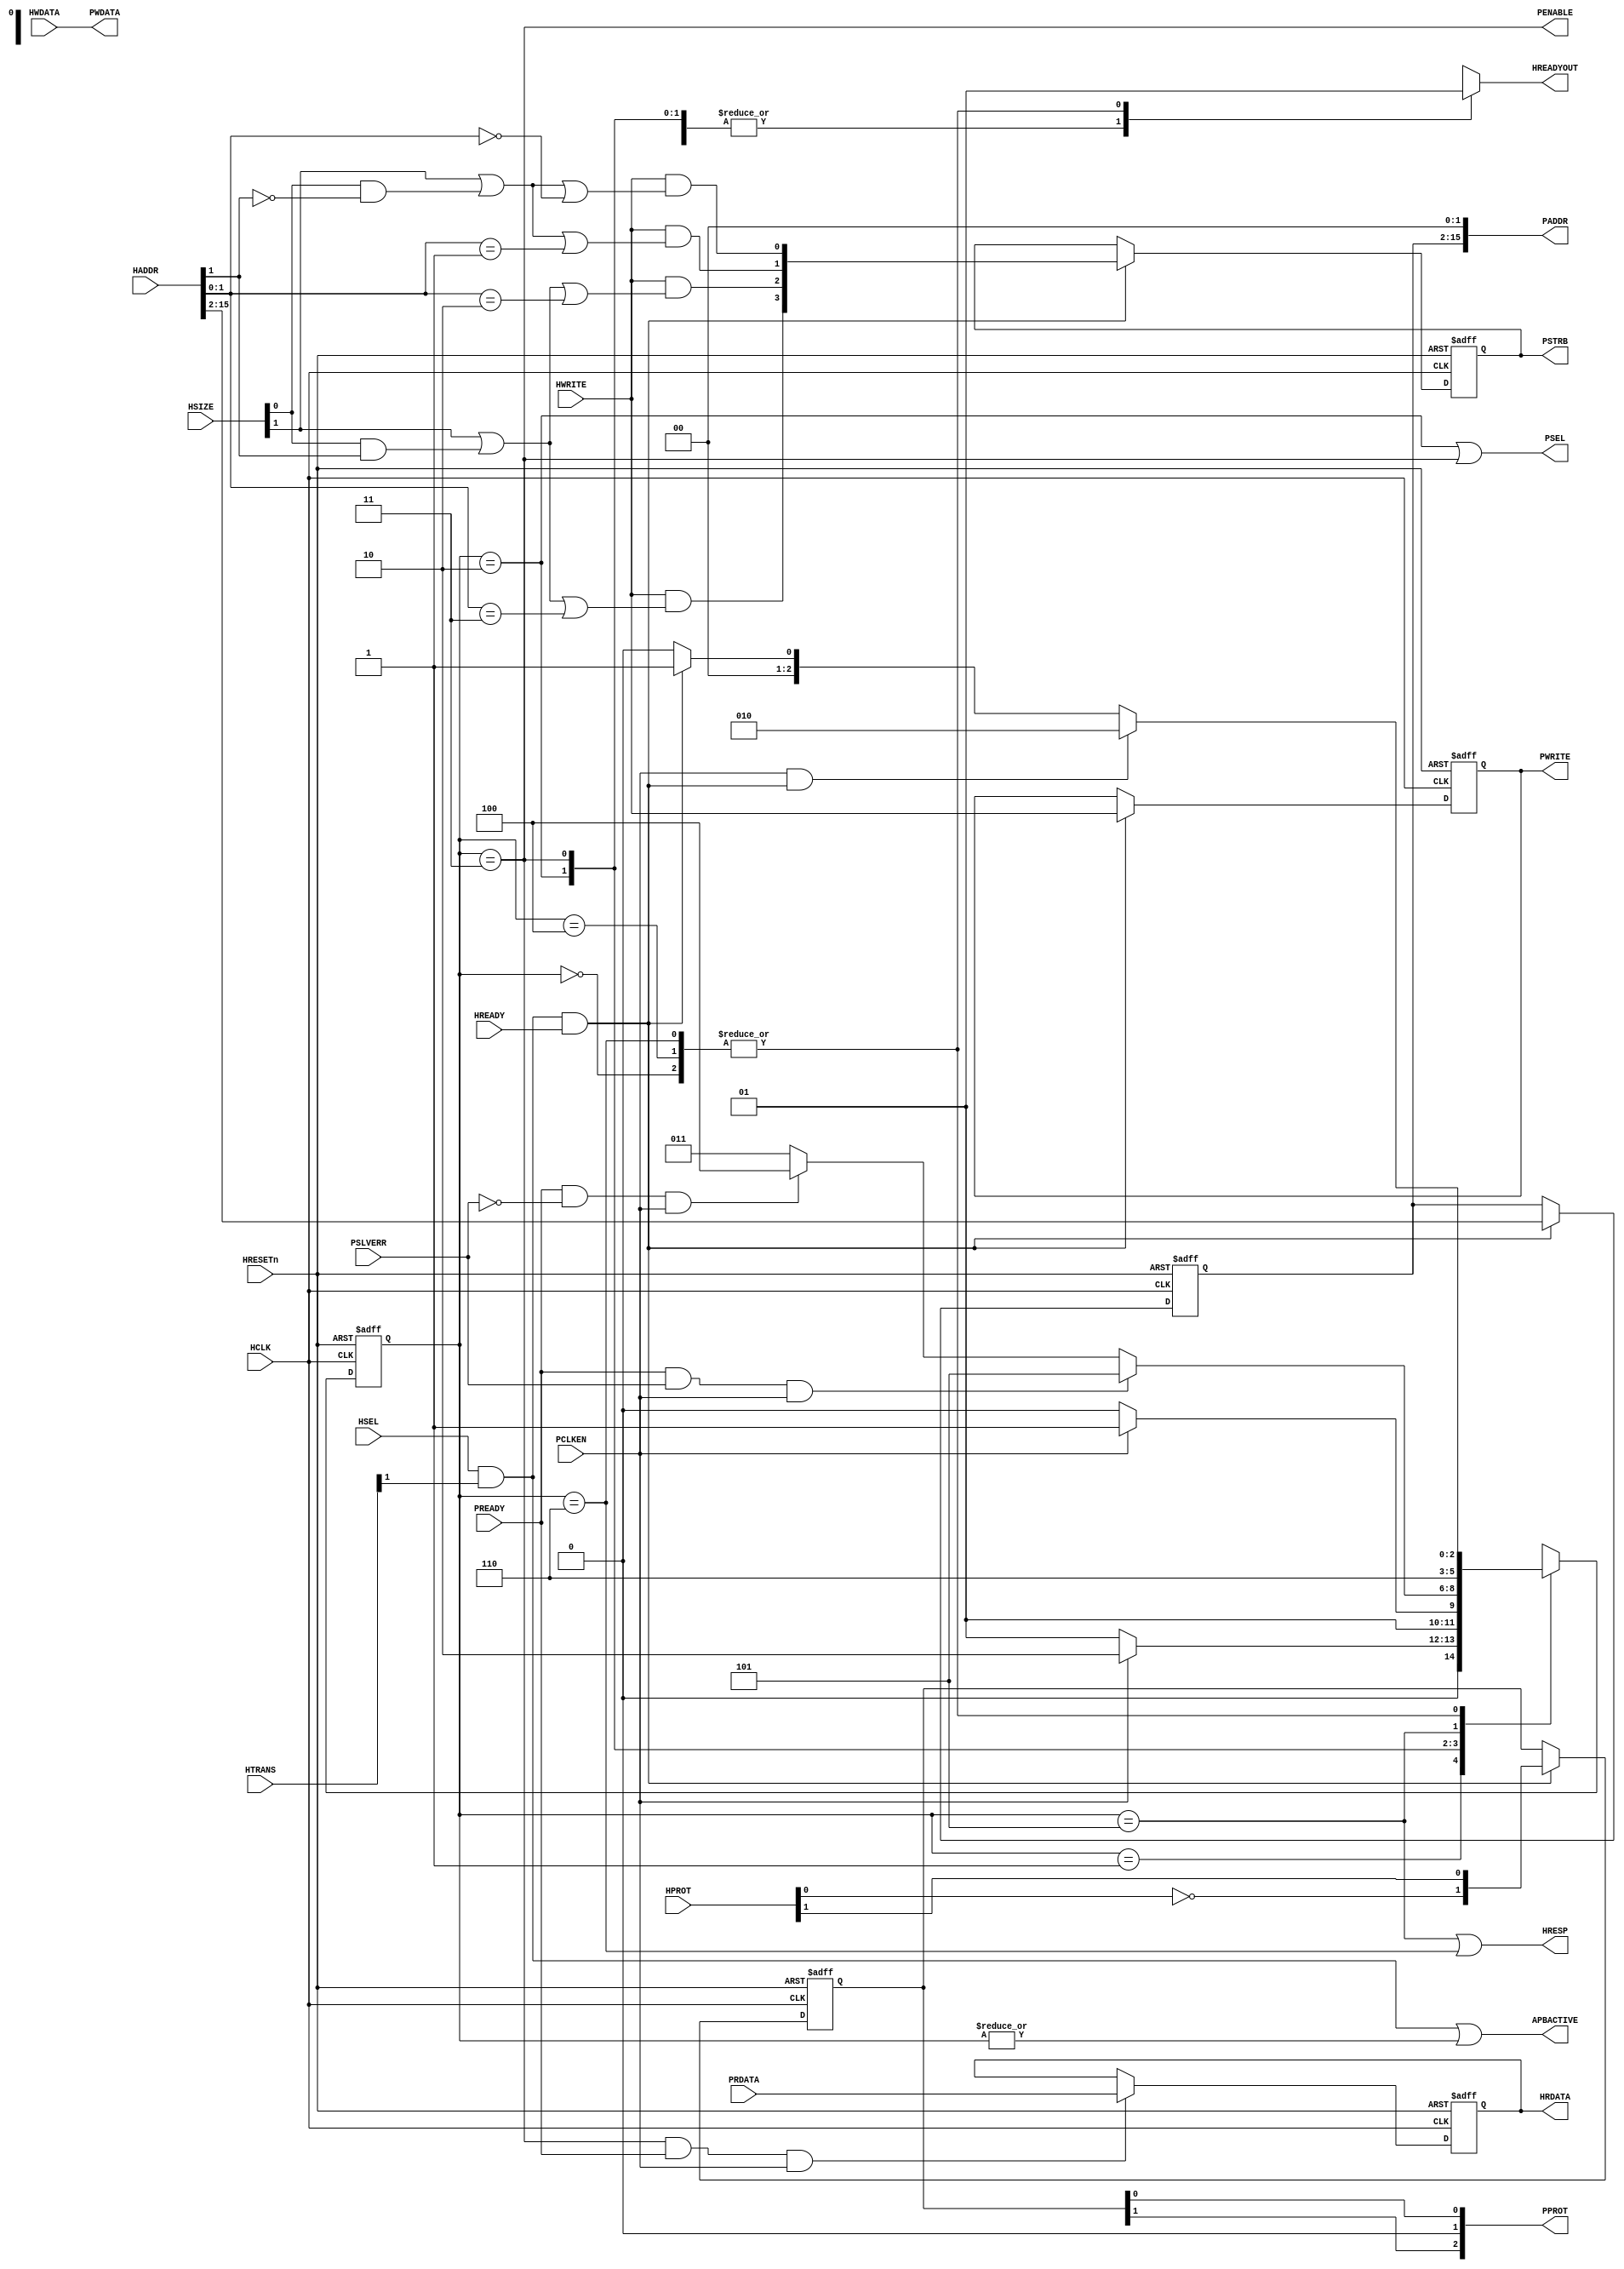
//------------------------------------------------------------------------------
// Abstract : Simple AHB to APB bridge
//------------------------------------------------------------------------------
// The bridge requires PCLK synchronised to HCLK
// APB running at a clock divided from HCLK. E.g.
// - If PCLK is same as HCLK, set PCLKEN to 1
// - If PCLK is half the HCLK speed, toggle PCLKEN every HCLK cycle
module ahb_to_apb #(
    // Parameter to define address width
    // 16 = 2^16 = 64KB APB address space
    parameter     ADDRWIDTH = 16,
    parameter     REGISTER_RDATA = 1,
    parameter     REGISTER_WDATA = 0    )(
    input  wire                 HCLK,      // Clock
    input  wire                 HRESETn,   // Reset
    input  wire                 PCLKEN,    // APB clock enable signal

    input  wire                 HSEL,      // Device select
    input  wire [ADDRWIDTH-1:0] HADDR,     // Address
    input  wire           [1:0] HTRANS,    // Transfer control
    input  wire           [2:0] HSIZE,     // Transfer size
    input  wire           [3:0] HPROT,     // Protection control
    input  wire                 HWRITE,    // Write control
    input  wire                 HREADY,    // Transfer phase done
    input  wire          [31:0] HWDATA,    // Write data

    output reg                  HREADYOUT, // Device ready
    output wire          [31:0] HRDATA,    // Read data output
    output wire                 HRESP,     // Device response

    output wire                 PSEL,      // APB Select
    output wire                 PWRITE,    // APB Write
    output wire                 PENABLE,   // APB Enable
    output wire           [3:0] PSTRB,     // APB Byte Strobe
    output wire           [2:0] PPROT,     // APB Prot
    output wire [ADDRWIDTH-1:0] PADDR,     // APB Address
    output wire          [31:0] PWDATA,    // APB write data

    input  wire          [31:0] PRDATA,    // Read data for each APB slave
    input  wire                 PREADY,    // Ready for each APB slave
    input  wire                 PSLVERR,   // Error state for each APB slave
    output wire                 APBACTIVE  // APB bus is active, for clock gating of APB bus
);

// --------------------------------------------------------------------------
// Internal wires
// --------------------------------------------------------------------------
reg  [ADDRWIDTH-3:0]   addr_reg;    // Address sample register
reg                    wr_reg;      // Write control sample register
reg            [2:0]   state_reg;   // State for finite state machine

reg            [3:0]   pstrb_reg;   // Byte lane strobe register
wire           [3:0]   pstrb_nxt;   // Byte lane strobe next state
reg            [1:0]   pprot_reg;   // PPROT register
wire           [1:0]   pprot_nxt;   // PPROT register next state

wire                   apb_select;   // APB bridge is selected
wire                   apb_tran_end; // Transfer is completed on APB
reg            [2:0]   next_state;   // Next state for finite state machine
reg           [31:0]   rwdata_reg;   // Read/Write data sample register

wire                   reg_rdata_cfg; // REGISTER_RDATA paramater
wire                   reg_wdata_cfg; // REGISTER_WDATA paramater

reg                    sample_wdata_reg; // Control signal to sample HWDATA

 // -------------------------------------------------------------------------
 // State machine
 // -------------------------------------------------------------------------

 localparam ST_BITS = 3;

 localparam [ST_BITS-1:0] ST_IDLE      = 3'b000; // Idle waiting for transaction
 localparam [ST_BITS-1:0] ST_APB_WAIT  = 3'b001; // Wait APB transfer
 localparam [ST_BITS-1:0] ST_APB_TRNF  = 3'b010; // Start APB transfer
 localparam [ST_BITS-1:0] ST_APB_TRNF2 = 3'b011; // Second APB transfer cycle
 localparam [ST_BITS-1:0] ST_APB_ENDOK = 3'b100; // Ending cycle for OKAY
 localparam [ST_BITS-1:0] ST_APB_ERR1  = 3'b101; // First cycle for Error response
 localparam [ST_BITS-1:0] ST_APB_ERR2  = 3'b110; // Second cycle for Error response
 localparam [ST_BITS-1:0] ST_ILLEGAL   = 3'b111; // Illegal state

// --------------------------------------------------------------------------
// Start of main code
// --------------------------------------------------------------------------
// Configuration signal
assign reg_rdata_cfg = (REGISTER_RDATA==0) ? 1'b0 : 1'b1;
assign reg_wdata_cfg = (REGISTER_WDATA==0) ? 1'b0 : 1'b1;

// Generate APB bridge select
assign apb_select = HSEL & HTRANS[1] & HREADY;
// Generate APB transfer ended
assign apb_tran_end = (state_reg==3'b011) & PREADY;

assign pprot_nxt[0] =  HPROT[1];  // (0) Normal, (1) Privileged
assign pprot_nxt[1] = ~HPROT[0];  // (0) Data, (1) Instruction

// Byte strobe generation
// - Only enable for write operations
// - For word write transfers (HSIZE[1]=1), all byte strobes are 1
// - For hword write transfers (HSIZE[0]=1), check HADDR[1]
// - For byte write transfers, check HADDR[1:0]
assign pstrb_nxt[0] = HWRITE & ((HSIZE[1])|((HSIZE[0])&(~HADDR[1]))|(HADDR[1:0]==2'b00));
assign pstrb_nxt[1] = HWRITE & ((HSIZE[1])|((HSIZE[0])&(~HADDR[1]))|(HADDR[1:0]==2'b01));
assign pstrb_nxt[2] = HWRITE & ((HSIZE[1])|((HSIZE[0])&( HADDR[1]))|(HADDR[1:0]==2'b10));
assign pstrb_nxt[3] = HWRITE & ((HSIZE[1])|((HSIZE[0])&( HADDR[1]))|(HADDR[1:0]==2'b11));

// Sample control signals
always @(posedge HCLK or negedge HRESETn)
begin
if (~HRESETn)
  begin
  addr_reg  <= {(ADDRWIDTH-2){1'b0}};
  wr_reg    <= 1'b0;
  pprot_reg <= {2{1'b0}};
  pstrb_reg <= {4{1'b0}};
  end
else if (apb_select) // Capture transfer information at the end of AHB address phase
  begin
  addr_reg  <= HADDR[ADDRWIDTH-1:2];
  wr_reg    <= HWRITE;
  pprot_reg <= pprot_nxt;
  pstrb_reg <= pstrb_nxt;
  end
end

// Sample write data control signal
// Assert after write address phase, deassert after PCLKEN=1
wire sample_wdata_set = apb_select & HWRITE & reg_wdata_cfg;
wire sample_wdata_clr = sample_wdata_reg & PCLKEN;

always @(posedge HCLK or negedge HRESETn)
begin
if (~HRESETn)
  sample_wdata_reg <= 1'b0;
else if (sample_wdata_set | sample_wdata_clr)
  sample_wdata_reg <= sample_wdata_set;
end

// Generate next state for FSM
// Note : case 3'b111 is not used.  The design has been checked that
//        this illegal state cannot be entered using formal verification.
always @(state_reg or PREADY or PSLVERR or apb_select or reg_rdata_cfg or
         PCLKEN or reg_wdata_cfg or HWRITE)
  begin
  case (state_reg)
   // Idle
   ST_IDLE :
   begin
      if (PCLKEN & apb_select & ~(reg_wdata_cfg & HWRITE))
         next_state = ST_APB_TRNF; // Start APB transfer in next cycle
      else if (apb_select)
         next_state = ST_APB_WAIT; // Wait for start of APB transfer at PCLKEN high
      else
         next_state = ST_IDLE; // Remain idle
   end
   // Transfer announced on AHB, but PCLKEN was low, so waiting
   ST_APB_WAIT :
   begin
      if (PCLKEN)
         next_state = ST_APB_TRNF; // Start APB transfer in next cycle
      else
         next_state = ST_APB_WAIT; // Wait for start of APB transfer at PCLKEN high
   end
   // First APB transfer cycle
   ST_APB_TRNF :
   begin
      if (PCLKEN)
         next_state = ST_APB_TRNF2;   // Change to second cycle of APB transfer
      else
         next_state = ST_APB_TRNF;   // Change to state-2
   end
   // Second APB transfer cycle
   ST_APB_TRNF2 :
   begin
      if (PREADY & PSLVERR & PCLKEN) // Error received - Generate two cycle
         // Error response on AHB by
         next_state = ST_APB_ERR1; // Changing to state-5 and 6
      else if (PREADY & (~PSLVERR) & PCLKEN) // Okay received
      begin
         if (reg_rdata_cfg)
            // Registered version
            next_state = ST_APB_ENDOK; // Generate okay response in state 4
         else
            // Non-registered version
            next_state = {2'b00, apb_select}; // Terminate transfer
      end
      else // Slave not ready
         next_state = ST_APB_TRNF2; // Unchange
   end
   // Ending cycle for OKAY (registered response)
   ST_APB_ENDOK :
   begin
       if (PCLKEN & apb_select & ~(reg_wdata_cfg & HWRITE))
          next_state = ST_APB_TRNF; // Start APB transfer in next cycle
       else if (apb_select)
          next_state = ST_APB_WAIT; // Wait for start of APB transfer at PCLKEN high
       else
          next_state = ST_IDLE; // Remain idle
   end
   // First cycle for Error response
   ST_APB_ERR1 : next_state = ST_APB_ERR2; // Goto 2nd cycle of error response
   // Second cycle for Error response
   ST_APB_ERR2 :
   begin
      if (PCLKEN & apb_select & ~(reg_wdata_cfg & HWRITE))
         next_state = ST_APB_TRNF; // Start APB transfer in next cycle
      else if (apb_select)
         next_state = ST_APB_WAIT; // Wait for start of APB transfer at PCLKEN high
      else
         next_state = ST_IDLE; // Remain idle
   end
   default : // Not used
          next_state = 3'bxxx; // X-Propagation
  endcase
  end

// Registering state machine
always @(posedge HCLK or negedge HRESETn)
begin
if (~HRESETn)
  state_reg <= 3'b000;
else
  state_reg <= next_state;
end

// Sample PRDATA or HWDATA
always @(posedge HCLK or negedge HRESETn)
begin
if (~HRESETn)
  rwdata_reg <= {32{1'b0}};
else
  if (sample_wdata_reg & reg_wdata_cfg & PCLKEN)
    rwdata_reg <= HWDATA;
  else if (apb_tran_end & reg_rdata_cfg & PCLKEN)
    rwdata_reg <= PRDATA;
end

// Connect outputs to top level
assign PADDR   = {addr_reg, 2'b00}; // from sample register
assign PWRITE  = wr_reg;            // from sample register
// From sample register or from HWDATA directly
assign PWDATA  = (reg_wdata_cfg) ? rwdata_reg : HWDATA;
assign PSEL    = (state_reg==ST_APB_TRNF) | (state_reg==ST_APB_TRNF2);
assign PENABLE = (state_reg==ST_APB_TRNF2);
assign PPROT   = {pprot_reg[1], 1'b0, pprot_reg[0]};
assign PSTRB   = pstrb_reg[3:0];

// Generate HREADYOUT
always @(state_reg or reg_rdata_cfg or PREADY or PSLVERR or PCLKEN)
begin
  case (state_reg)
    ST_IDLE      : HREADYOUT = 1'b1; // Idle
    ST_APB_WAIT  : HREADYOUT = 1'b0; // Transfer announced on AHB, but PCLKEN was low, so waiting
    ST_APB_TRNF  : HREADYOUT = 1'b0; // First APB transfer cycle
       // Second APB transfer cycle:
       // if Non-registered feedback version, and APB transfer completed without error
       // Then response with ready immediately. If registered feedback version,
       // wait until state_reg==ST_APB_ENDOK
    ST_APB_TRNF2 : HREADYOUT = (~reg_rdata_cfg) & PREADY & (~PSLVERR) & PCLKEN;
    ST_APB_ENDOK : HREADYOUT = reg_rdata_cfg; // Ending cycle for OKAY (registered response only)
    ST_APB_ERR1  : HREADYOUT = 1'b0; // First cycle for Error response
    ST_APB_ERR2  : HREADYOUT = 1'b1; // Second cycle for Error response
    default: HREADYOUT = 1'bx; // x propagation (note :3'b111 is illegal state)
  endcase
end

// From sample register or from PRDATA directly
assign HRDATA = (reg_rdata_cfg) ? rwdata_reg : PRDATA;
assign HRESP  = (state_reg==ST_APB_ERR1) | (state_reg==ST_APB_ERR2);

assign APBACTIVE = (HSEL & HTRANS[1]) | (|state_reg);

endmodule